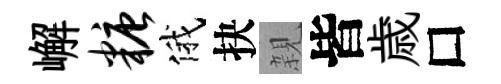
嶰糖俄抉親皆歳□